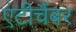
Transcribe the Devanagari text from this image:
एंटीचैंबर